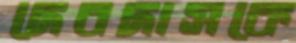
দেবদাসকে